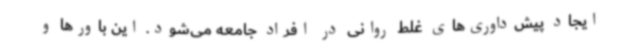
ایجاد پیش‌داوری‌های غلط روانی در افراد جامعه می‌شود. این باورها و